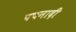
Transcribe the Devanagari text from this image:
पचनादी